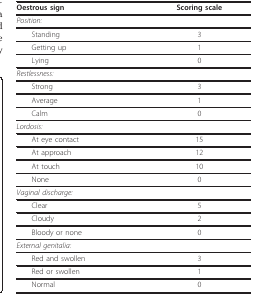
<table><thead><tr><td><b>Oestrous sign</b></td><td><b>Scoring scale</b></td></tr></thead><tbody><tr><td><i>Position:</i></td><td></td></tr><tr><td> Standing</td><td>3</td></tr><tr><td> Getting up</td><td>1</td></tr><tr><td> Lying</td><td>0</td></tr><tr><td><i>Restlessness:</i></td><td></td></tr><tr><td> Strong</td><td>3</td></tr><tr><td> Average</td><td>1</td></tr><tr><td> Calm</td><td>0</td></tr><tr><td><i>Lordosis:</i></td><td></td></tr><tr><td> At eye contact</td><td>15</td></tr><tr><td> At approach</td><td>12</td></tr><tr><td> At touch</td><td>10</td></tr><tr><td> None</td><td>0</td></tr><tr><td><i>Vaginal discharge:</i></td><td></td></tr><tr><td> Clear</td><td>5</td></tr><tr><td> Cloudy</td><td>2</td></tr><tr><td> Bloody or none</td><td>0</td></tr><tr><td><i>External genitalia:</i></td><td></td></tr><tr><td> Red and swollen</td><td>3</td></tr><tr><td> Red or swollen</td><td>1</td></tr><tr><td> Normal</td><td>0</td></tr></tbody></table>